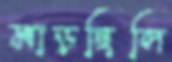
মাড়ছিলি